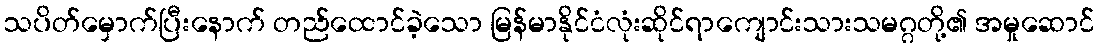
သပိတ်မှောက်ပြီးနောက် တည်ထောင်ခဲ့သော မြန်မာနိုင်ငံလုံးဆိုင်ရာကျောင်းသားသမဂ္ဂတို့၏ အမှုဆောင်